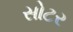
સોટર